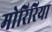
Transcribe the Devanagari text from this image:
मोरिरिया